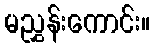
မညွှန်းကောင်း။